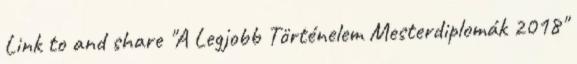
Link to and share "A Legjobb Történelem Mesterdiplomák 2018"